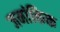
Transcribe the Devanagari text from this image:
जनांकिक